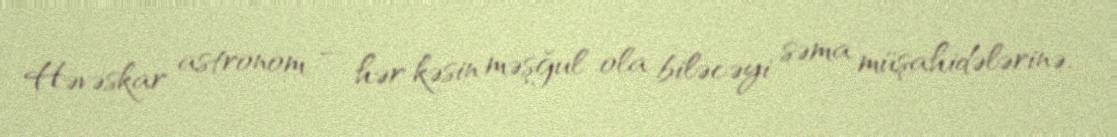
Həvəskar astronom — hər kəsin məşğul ola biləcəyi səma müşahidələrinə,